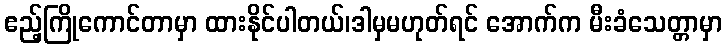
ဧည့်ကြိုကောင်တာမှာ ထားနိုင်ပါတယ်၊ဒါမှမဟုတ်ရင် အောက်က မီးခံသေတ္တာမှာ